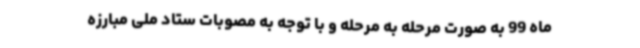
ماه 99 به صورت مرحله به مرحله و با توجه به مصوبات ستاد ملی مبارزه